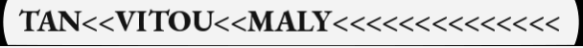
TAN<<VITOU<<MALY<<<<<<<<<<<<<<